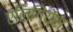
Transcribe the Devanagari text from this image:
एलिगियेंस